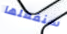
سنفعلها